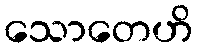
သောတေဟိ